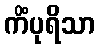
ကိံပုရိသာ